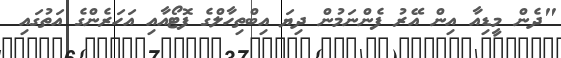
"ދެން މީޑިއާ އިން އޭރު ފެންނަމުން ދިޔަ އިބްތިހާލްގެ ފޮޓޯއާއި އަހަރެންގެ އަތުގައި